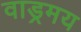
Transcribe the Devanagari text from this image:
वाड्रमय